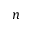
n